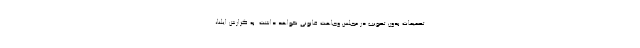
تصمیمات بدون تصویب در مجلس وجاهت قانونی نخواهد داشت. به گزارش ایلنا،